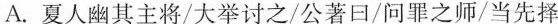
A. 夏人幽其主将/大举讨之/公著曰/问罪之师/当先择